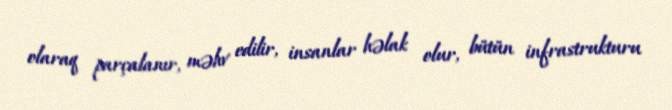
olaraq parçalanır, məhv edilir, insanlar həlak olur, bütün infrastrukturu